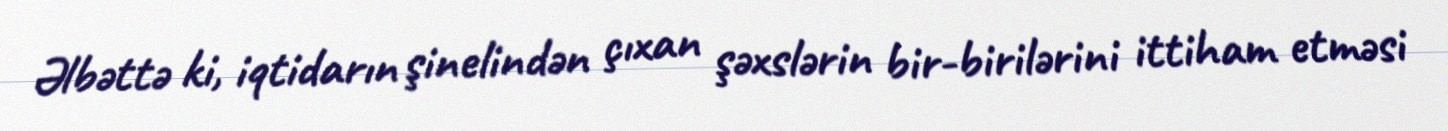
Əlbəttə ki, iqtidarın şinelindən çıxan şəxslərin bir-birilərini ittiham etməsi